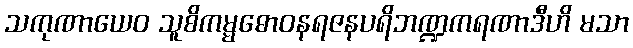
သကုဏာယေဝ သူစိကမ္မဓောဝနရဇနပရိဘဏ္ဍကရဏာဒီဟိ မသာ